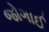
જોગાઈ